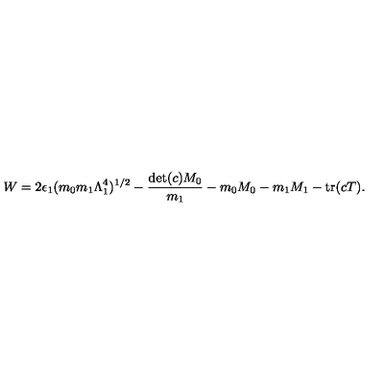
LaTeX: W = 2 \epsilon _ { 1 } ( m _ { 0 } m _ { 1 } \Lambda _ { 1 } ^ { 4 } ) ^ { 1 / 2 } - \frac { \mathrm { d e t } ( c ) M _ { 0 } } { m _ { 1 } } - m _ { 0 } M _ { 0 } - m _ { 1 } M _ { 1 } - \mathrm { t r } ( c T ) .